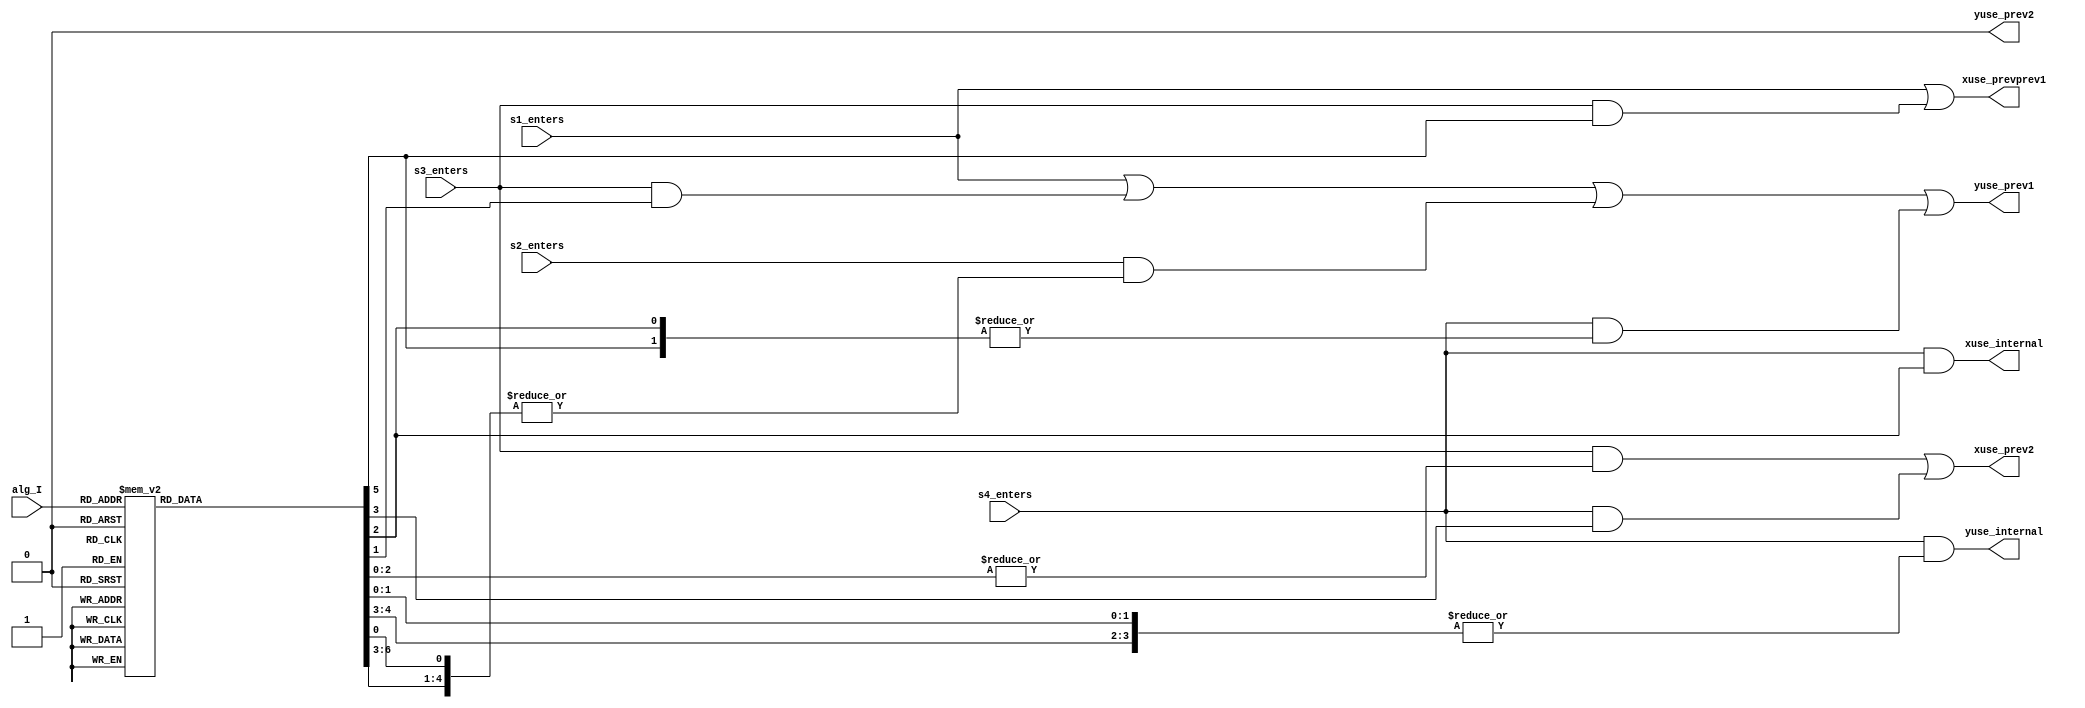
module jt12_mod(
    input       s1_enters,
    input       s2_enters,
    input       s3_enters,
    input       s4_enters,
    
    input [2:0] alg_I,
    
    output reg  xuse_prevprev1,
    output reg  xuse_internal,
    output reg  yuse_internal,    
    output reg  xuse_prev2,
    output reg  yuse_prev1,     
    output reg  yuse_prev2      
);

parameter num_ch=6;

reg [7:0] alg_hot;

always @(*) begin
    case( alg_I )
        3'd0: alg_hot = 8'h1;  // D0
        3'd1: alg_hot = 8'h2;  // D1
        3'd2: alg_hot = 8'h4;  // D2
        3'd3: alg_hot = 8'h8;  // D3
        3'd4: alg_hot = 8'h10; // D4
        3'd5: alg_hot = 8'h20; // D5
        3'd6: alg_hot = 8'h40; // D6
        3'd7: alg_hot = 8'h80; // D7
    endcase
end

// prev2 cannot modulate with prevprev1 at the same time
// x = prev2, prevprev1, internal_x
// y = prev1, internal_y

generate
    if( num_ch==6 ) begin
        always @(*) begin
            xuse_prevprev1 = s1_enters | (s3_enters&alg_hot[5]);
            xuse_prev2 = (s3_enters&(|alg_hot[2:0])) | (s4_enters&alg_hot[3]);
            xuse_internal = s4_enters & alg_hot[2];
            yuse_internal = s4_enters & (|{alg_hot[4:3],alg_hot[1:0]});
            yuse_prev1 = s1_enters | (s3_enters&alg_hot[1]) |
                (s2_enters&(|{alg_hot[6:3],alg_hot[0]}) )|
                (s4_enters&(|{alg_hot[5],alg_hot[2]}));
            yuse_prev2 = 1'b0; // unused for 6 channels
        end     
    end else begin
        reg [2:0] xuse_s4, xuse_s3, xuse_s2, xuse_s1;
        reg [2:0] yuse_s4, yuse_s3, yuse_s2, yuse_s1;
        always @(*) begin // 3 ch
            // S1
            { xuse_s1, yuse_s1 } = { 3'b001, 3'b100 };
            // S2
            casez( 1'b1 )
                // S2 modulated by S1
                alg_hot[6], alg_hot[5], alg_hot[4], alg_hot[3], alg_hot[0]:
                    { xuse_s2, yuse_s2 } = { 3'b000, 3'b100 }; // prev1
                default:  { xuse_s2, yuse_s2 } =  6'd0;
            endcase
            // S3
            casez( 1'b1 )
                // S3 modulated by S1
                alg_hot[5]:
                    { xuse_s3, yuse_s3 } = { 3'b000, 3'b100 }; // prev1
                // S3 modulated by S2
                alg_hot[2], alg_hot[0]:
                    { xuse_s3, yuse_s3 } = { 3'b000, 3'b010 }; // prev2
                // S3 modulated by S2+S1
                alg_hot[1]:
                    { xuse_s3, yuse_s3 } = { 3'b010, 3'b100 }; // prev2 + prev1                   
                default:  { xuse_s3, yuse_s3 } =  6'd0;
            endcase  
            // S4
            casez( 1'b1 )
                // S4 modulated by S1
                alg_hot[5]:
                    { xuse_s4, yuse_s4 } = { 3'b000, 3'b100 }; // prev1
                // S4 modulated by S3
                alg_hot[4], alg_hot[1], alg_hot[0]:
                    { xuse_s4, yuse_s4 } = { 3'b100, 3'b000 }; // prevprev1
                // S4 modulated by S3+S2
                alg_hot[3]:
                    { xuse_s4, yuse_s4 } = { 3'b100, 3'b010 }; // prevprev1+prev2                    
                // S4 modulated by S3+S1
                alg_hot[2]:
                    { xuse_s4, yuse_s4 } = { 3'b100, 3'b100 }; // prevprev1+prev1
                default:  { xuse_s4, yuse_s4 } =  6'd0;
            endcase                       
            case( {s4_enters, s3_enters, s2_enters, s1_enters})
                4'b1000: begin
                    {xuse_prevprev1, xuse_prev2, xuse_internal} = xuse_s4;
                    {yuse_prev1, yuse_prev2, yuse_internal    } = yuse_s4;
                end
                4'b0100: begin
                    {xuse_prevprev1, xuse_prev2, xuse_internal} = xuse_s3;
                    {yuse_prev1, yuse_prev2, yuse_internal    } = yuse_s3;
                end             
                4'b0010: begin
                    {xuse_prevprev1, xuse_prev2, xuse_internal} = xuse_s2;
                    {yuse_prev1, yuse_prev2, yuse_internal    } = yuse_s2;
                end
                4'b0001: begin
                    {xuse_prevprev1, xuse_prev2, xuse_internal} = xuse_s1;
                    {yuse_prev1, yuse_prev2, yuse_internal    } = yuse_s1;
                end
                default: begin
                    {xuse_prevprev1, xuse_prev2, xuse_internal} = 3'b0;
                    {yuse_prev1, yuse_prev2, yuse_internal    } = 3'b0;
                end
            endcase
        end     
    end
endgenerate

// Control signals for simulation: should be 2'b0 or 2'b1
// wire [1:0] xusage = xuse_prevprev1+xuse_prev2+xuse_internal;
// wire [1:0] yusage = yuse_prev1+yuse_internal;
// 
// always @(xusage,yusage)
//     if( xusage>2'b1 || yusage>2'b1 ) begin
//         $display("ERROR: x/y over use in jt12_mod");
//         $finish;
//     end

endmodule